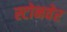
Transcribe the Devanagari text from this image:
स्टोनवेर